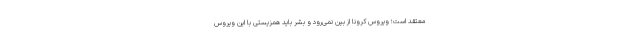
معتقد است؛ ویروس کرونا از بین نمی‌رود و بشر باید همزیستی با این ویروس